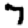
Digit: 7